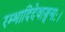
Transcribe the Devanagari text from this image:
रम्भादिदेवाङ्गनाः।